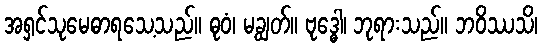
အရှင်သုမေဓာရသေ့သည်။ ဓုဝံ၊ မချွတ်။ ဗုဒ္ဓေါ၊ ဘုရားသည်။ ဘဝိဿသိ၊